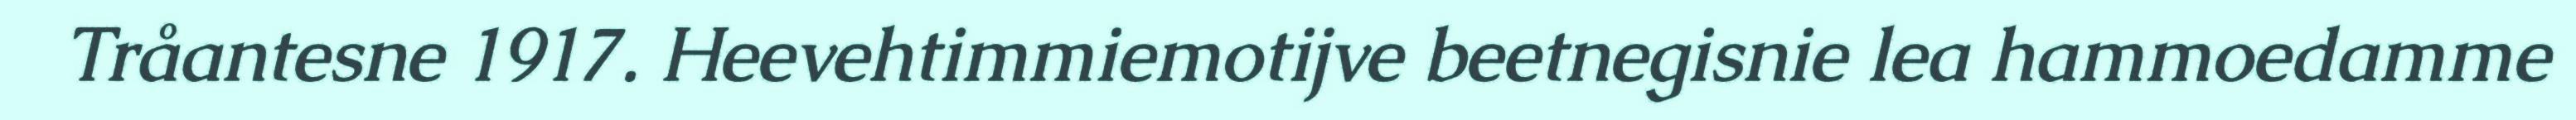
Tråantesne 1917. Heevehtimmiemotijve beetnegisnie lea hammoedamme